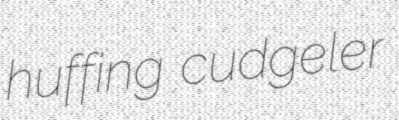
huffing cudgeler